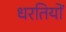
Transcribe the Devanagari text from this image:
धरतियों